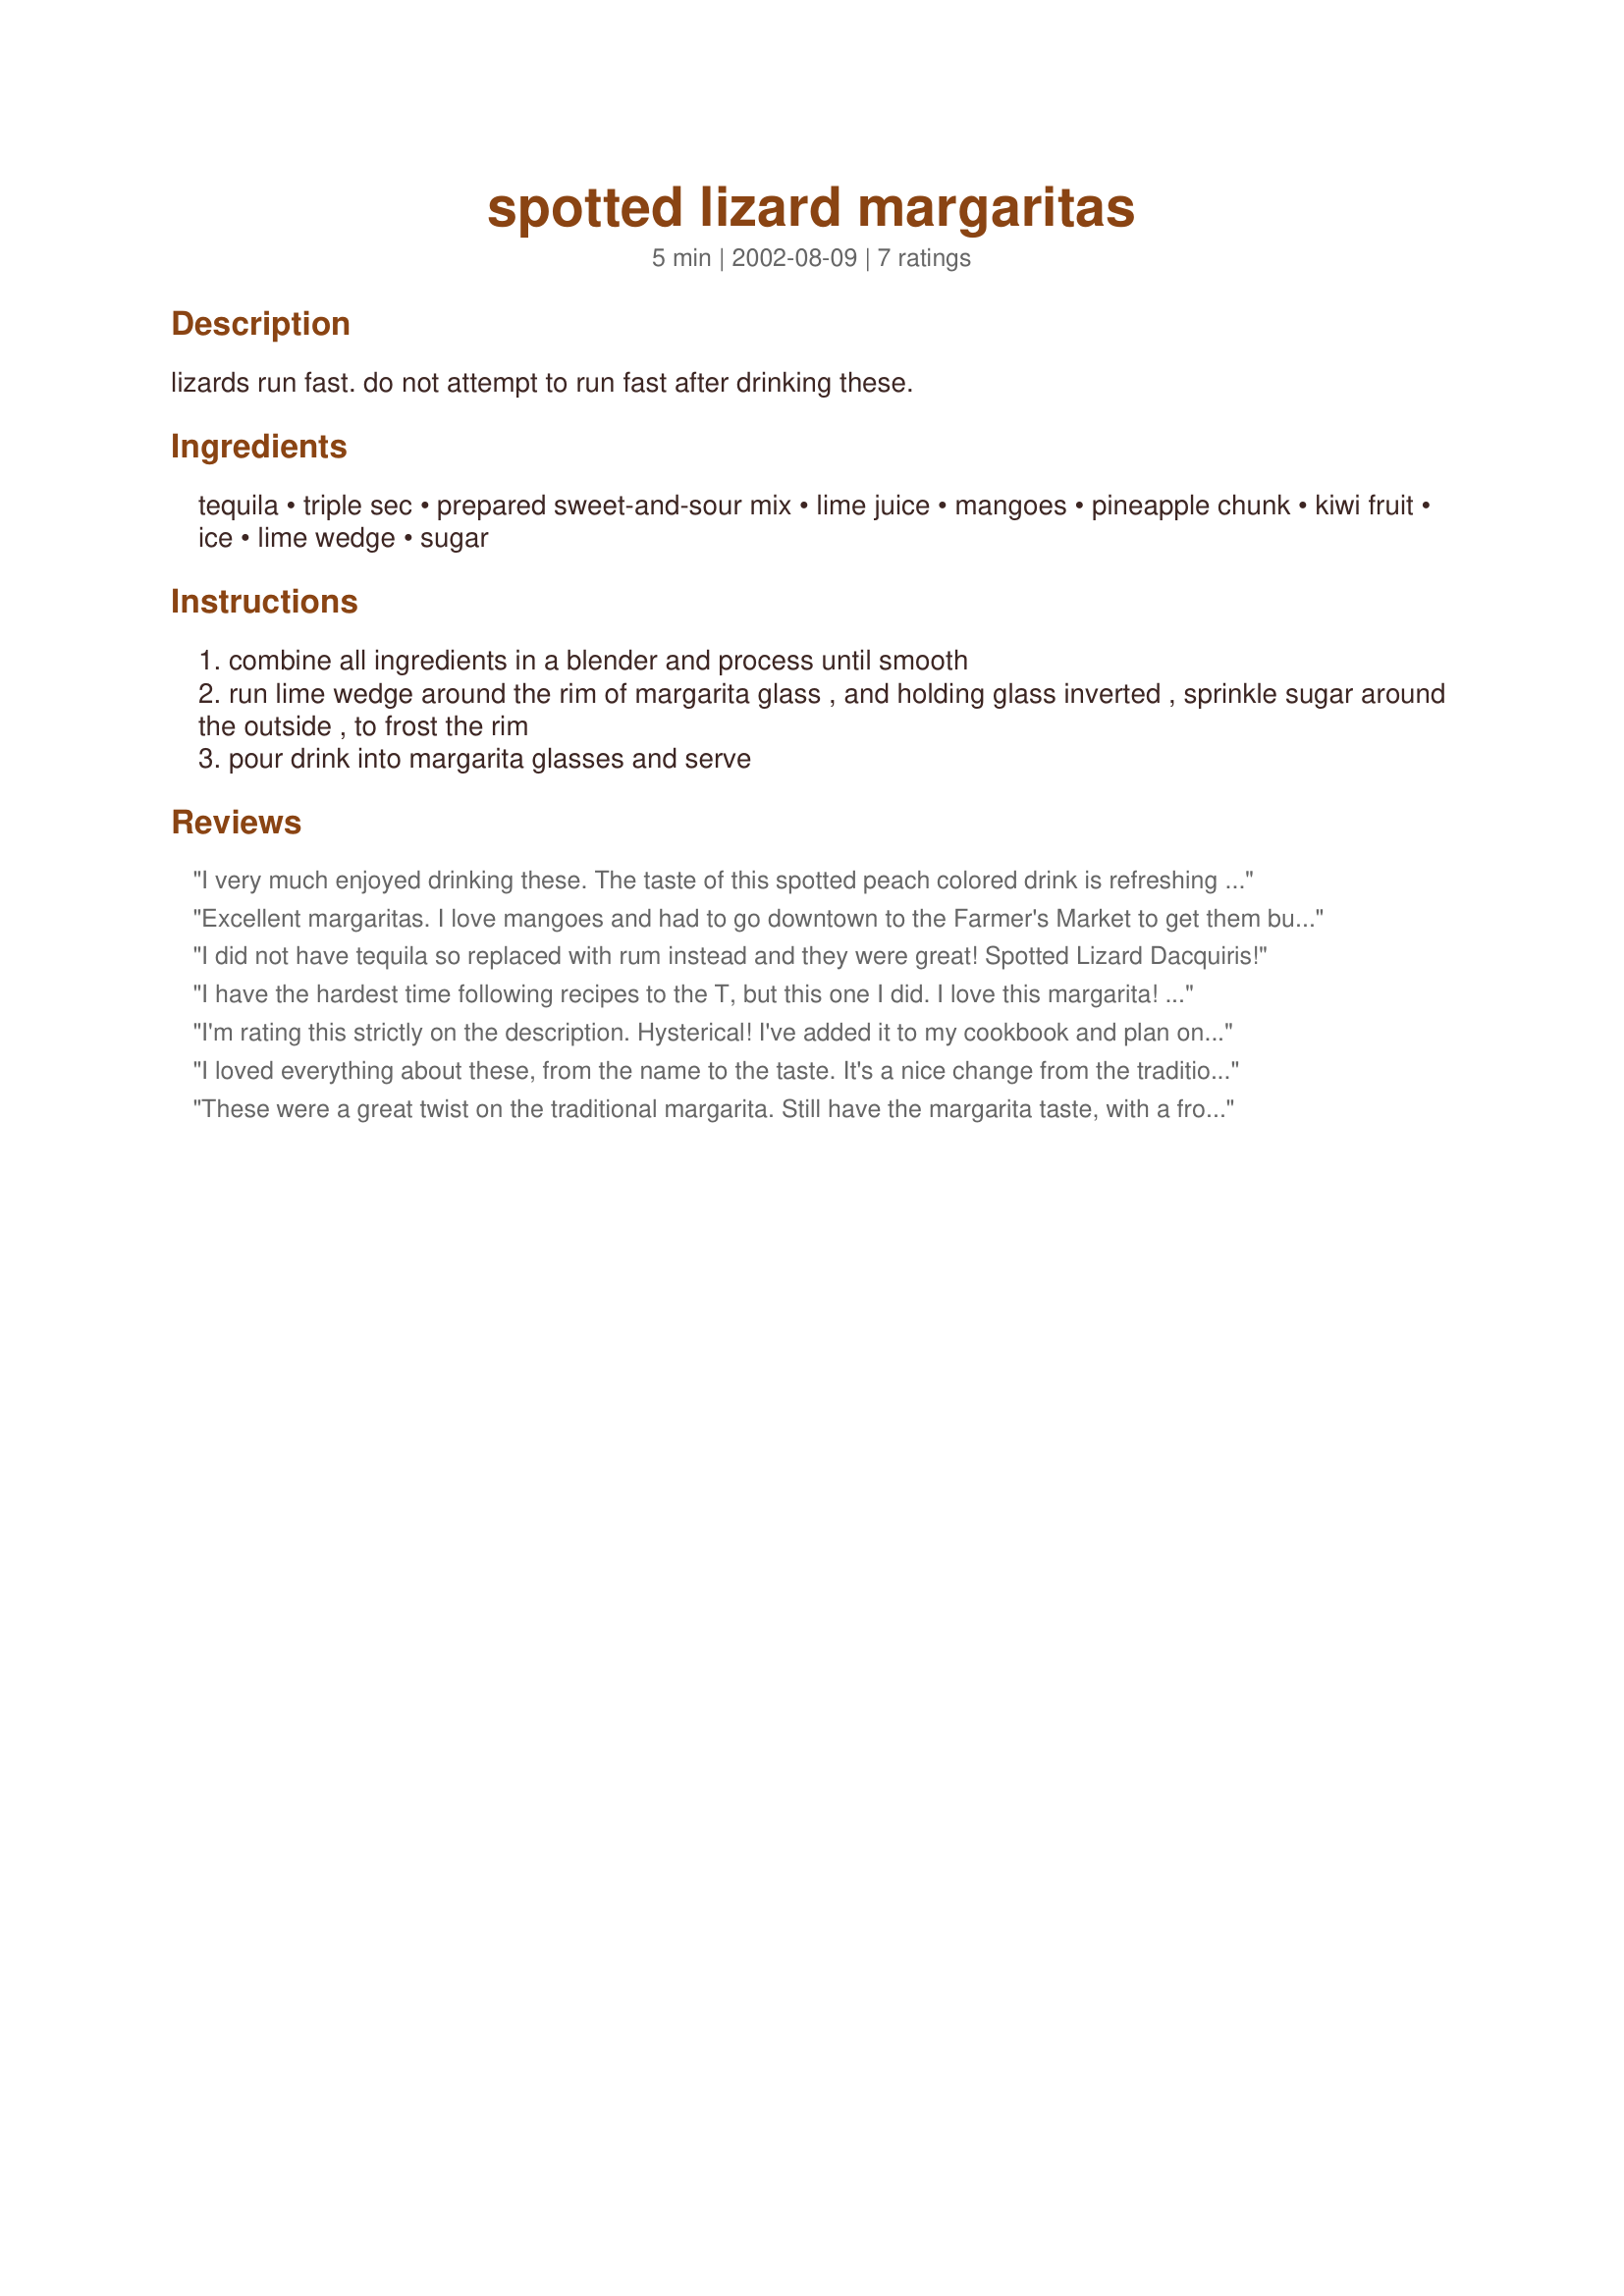
spotted lizard margaritas
Preparation time: 5 minutes

lizards run fast. do not attempt to run fast after drinking these.

Ingredients:
tequila, triple sec, prepared sweet-and-sour mix, lime juice, mangoes, pineapple chunk, kiwi fruit, ice, lime wedge, sugar

Steps:
combine all ingredients in a blender and process until smooth
run lime wedge around the rim of margarita glass , and holding glass inverted , sprinkle sugar around the outside , to frost the rim
pour drink into margarita glasses and serve

Reviews:
I very much enjoyed drinking these. The taste of this spotted peach colored drink is refreshing and tropical. I'll be making this recipe again!
Excellent margaritas. I love mangoes and had to go downtown to the Farmer's Market to get them but that is never a bother. They gave this drink a wonderful tropical flavor. These were a big hit with the adults in my family. The margarita flavor was definitely there but the different fruits used added to the appeal of the drink. Thanks Sue L, another winner.
I did not have tequila so replaced with rum instead and they were great! Spotted Lizard Dacquiris!
I have the hardest time following recipes to the T, but this one I did. I love this margarita! I used all fresh fruit, and it was amazing. The mangos make the texture. I will definitely make this again!
I'm rating this strictly on the description. Hysterical! I've added it to my cookbook and plan on making these with my girlfriends on the weekend...
I loved everything about these, from the name to the taste. It's a nice change from the traditional margarita. I froze my pineapple before putting it in the blender and that seemed to keep it from being too runny. Did I mention that I loved them?
These were a great twist on the traditional margarita. Still have the margarita taste, with a frozen fruit drink twist. Brought it to a party recently and it was a hit. Can make it and freeze it ahead of time and take it with you. Make sure you remember the name, everyone loved that. Only gave it 4 stars because it was a little time consuming to make, otherwise a 5 for taste.
